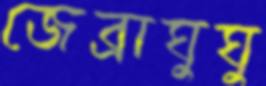
জেব্রাঘুঘু